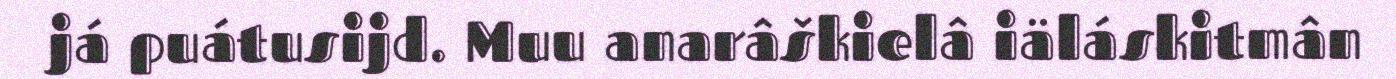
já puátusijd. Muu anarâškielâ iäláskitmân